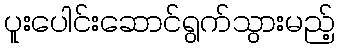
ပူးပေါင်းဆောင်ရွက်သွားမည့်